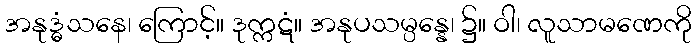
အနုဒ္ဓံသနေ၊ ကြောင့်။ ဒုက္ကဋံ။ အနုပသမ္ပန္နေ၊ ၌။ ဝါ၊ လူသာမဏေကို